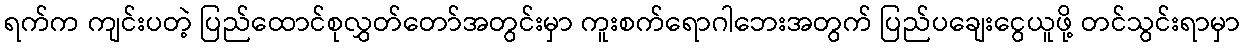
ရက်က ကျင်းပတဲ့ ပြည်ထောင်စုလွှတ်တော်အတွင်းမှာ ကူးစက်ရောဂါဘေးအတွက် ပြည်ပချေးငွေယူဖို့ တင်သွင်းရာမှာ